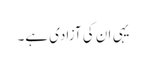
یہی ان کی آزادی ہے۔